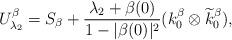
LaTeX: \begin{align*}U_{\lambda_2}^{\beta}=S_{\beta}+\frac{\lambda_2+\beta(0)}{1-|\beta(0)|^2}(k_0^{\beta}\otimes\widetilde{k}_0^{\beta}),\end{align*}